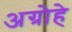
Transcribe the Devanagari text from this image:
अग्रोहे